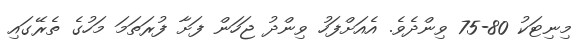
މިނިޓަކު 80-75 ވިންދެވެ. އެއަށްފަހު ވިންދު ޖަހަން ފަށާ ފުރަތަމަ މަހުގެ ތެރޭގައި